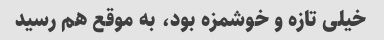
خیلی تازه و خوشمزه بود، ‌به موقع هم رسید